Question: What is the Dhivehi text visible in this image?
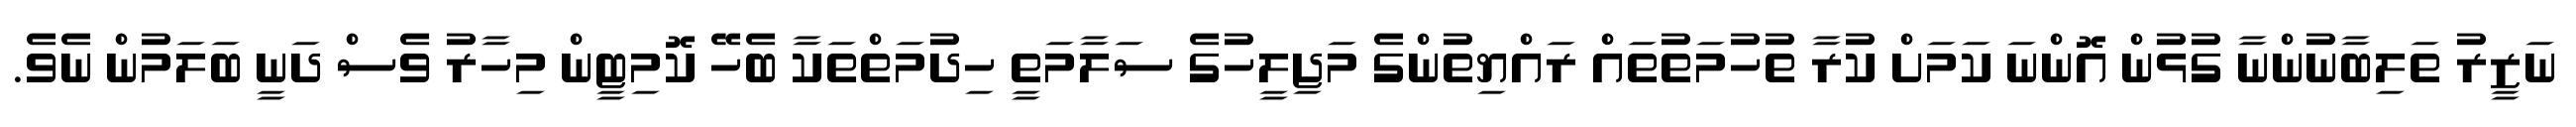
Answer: ނަޒީރު ތަލިބާނުންނާ ގުޅުން އޮންނަ ކަމަށް ކުރާ ތުހުމަތުތައް ރައްޔިތުންގެ މަޖިލީހުގެ ސަލާމަތީ ހިދުމަތްތަކާ ބެހޭ ކޮމިޓީން މިހާރު ވެސް ދަނީ ބަލަމުން ނެވެ.